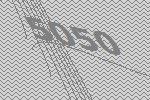
5050